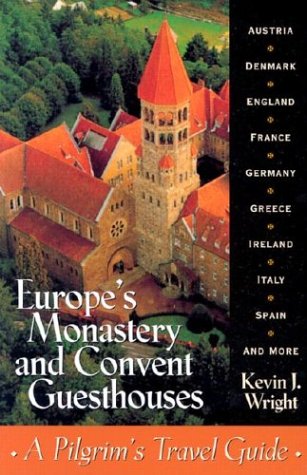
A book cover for Europe's Monastery and Convent Guesthouses; Kevin Wright; Travel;